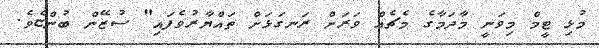
މުޅި ޓީމް މިވަނީ މާދަމާގެ މެޗެއް ވަރަށް ރަނގަޅަށް ތައްޔާރުވެފައި" ސުޒޭން ބުންޏެވެ.